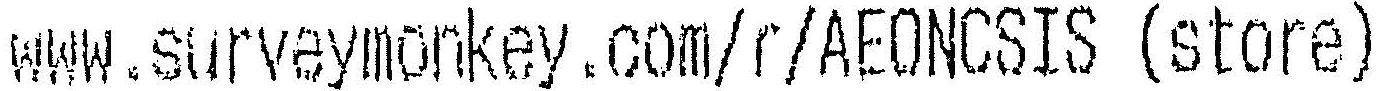
WWW.SURVEYMONKEY.COM/R/AEONCSIS (STORE)